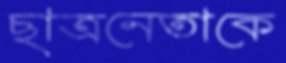
ছাত্রনেতাকে